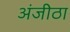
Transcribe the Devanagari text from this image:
अंजीठा